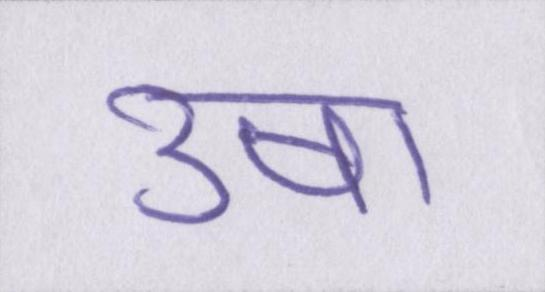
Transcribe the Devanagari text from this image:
उषा